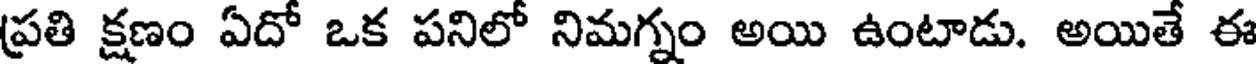
ప్రతి క్షణం ఏదో ఒక పనిలో నిమగ్నం అయి ఉంటాడు. అయితే ఈ